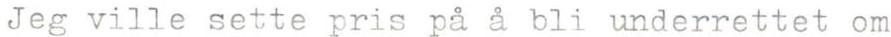
Jeg ville sette pris på å bli underrettet om